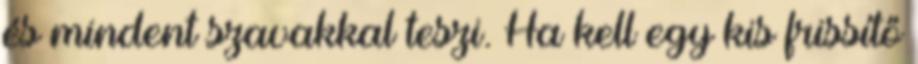
és mindent szavakkal teszi. Ha kell egy kis frissítő